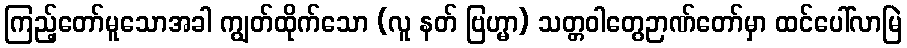
ကြည့်တော်မူသောအခါ ကျွတ်ထိုက်သော (လူ နတ် ဗြဟ္မာ) သတ္တဝါတွေဉာဏ်တော်မှာ ထင်ပေါ်လာမြဲ